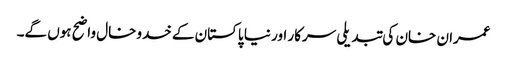
عمران خان کی تبدیلی سرکار اور نیا پاکستان کے خدوخال واضح ہوں گے۔